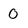
Character: 0